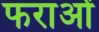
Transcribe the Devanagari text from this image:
फराओं